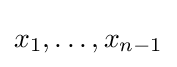
x_{1},\ldots ,x_{n-1}